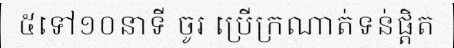
៥ទៅ១០នាទី ចូរ ប្រើក្រណាត់ទន់ផ្តិត